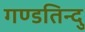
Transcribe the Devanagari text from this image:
गण्डतिन्दु